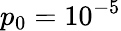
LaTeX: p_{0}=10^{-5}